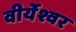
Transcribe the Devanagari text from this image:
वीर्येश्वर